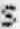
S